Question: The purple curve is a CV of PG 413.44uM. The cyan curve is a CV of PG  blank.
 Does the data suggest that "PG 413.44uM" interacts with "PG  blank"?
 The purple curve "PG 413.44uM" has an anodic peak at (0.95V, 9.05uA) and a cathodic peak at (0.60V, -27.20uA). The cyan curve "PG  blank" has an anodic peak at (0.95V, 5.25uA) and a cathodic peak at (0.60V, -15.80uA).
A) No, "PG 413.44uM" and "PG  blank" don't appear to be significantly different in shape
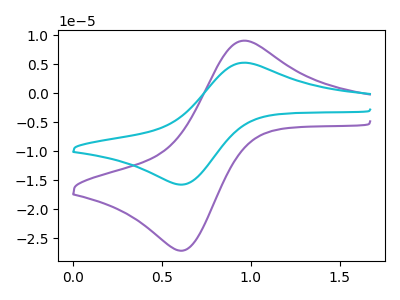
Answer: <think>All the peaks in "PG 413.44uM" have a peak in "PG  blank" at the same potential. Every peak in "PG 413.44uM" is higher than every peak in "PG  blank".
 </think>
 <answer>A) No, "PG 413.44uM" and "PG  blank" don't appear to be significantly different in shape</answer>
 <eval>A</eval>